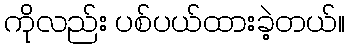
ကိုလည်း ပစ်ပယ်ထားခဲ့တယ်။